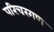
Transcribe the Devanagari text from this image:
परिचरगण